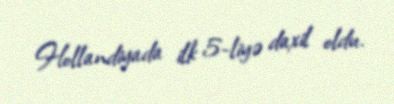
Hollandiyada ilk 5-liyə daxil oldu.